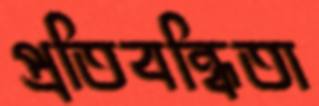
প্রতিবন্ধিতা